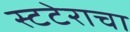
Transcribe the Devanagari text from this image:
स्टटेराचा